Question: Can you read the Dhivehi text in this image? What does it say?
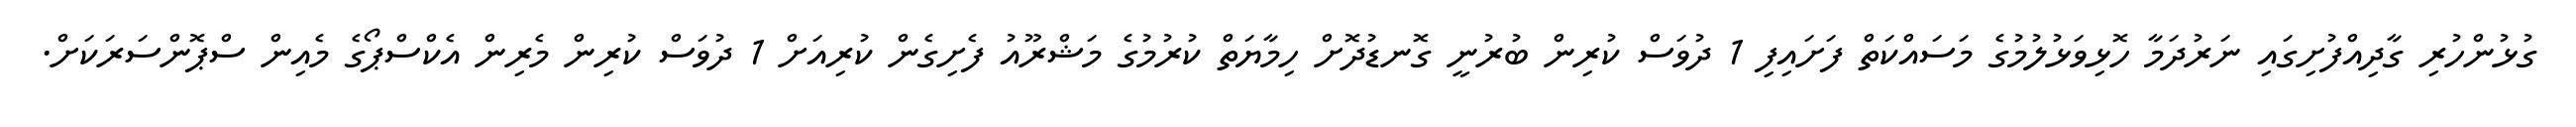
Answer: ގުޅުންހުރި ގާދިއްފުށިގައި ނަރުދަމާ ހޮޅިވަޅުލުމުގެ މަސައްކަތް ފަށައިފި 1 ދުވަސް ކުރިން ބުރުނީ ގޮނޑުދޮށް ހިމާޔަތް ކުރުމުގެ މަޝްރޫއު ފެށިގެން ކުރިއަށް 1 ދުވަސް ކުރިން މެރިން އެކްސްޕޯގެ މެއިން ސްޕޮންސަރަކަށް.